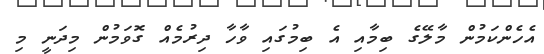
އެހެންކަމުން މާލޭގެ ބިމާއި އެ ބިމުގައި ވާހާ ދިރުމެއް ގޮވަމުން މިދަނީ މި